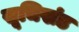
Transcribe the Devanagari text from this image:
सूचिखंड